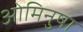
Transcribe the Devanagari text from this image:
ओमिनुषा